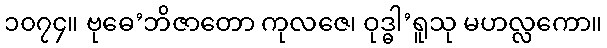
၁၀၇၄။ ဗုဓေ’ဘိဇာတော ကုလဇေ၊ ဝုဒ္ဓါ’ရူသု မဟလ္လကော။